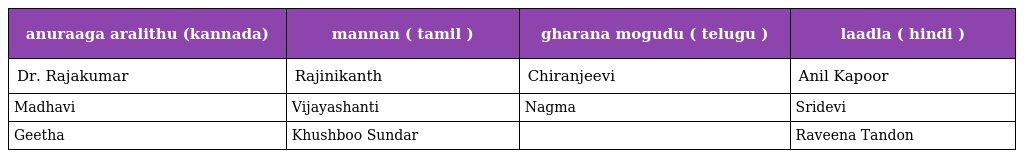
| anuraaga aralithu (kannada) | mannan ( tamil ) | gharana mogudu ( telugu ) | laadla ( hindi ) |
 | --- | --- | --- | --- |
 | Dr. Rajakumar | Rajinikanth | Chiranjeevi | Anil Kapoor |
 | Madhavi | Vijayashanti | Nagma | Sridevi |
 | Geetha | Khushboo Sundar |  | Raveena Tandon |